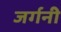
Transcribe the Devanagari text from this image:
जर्गनी